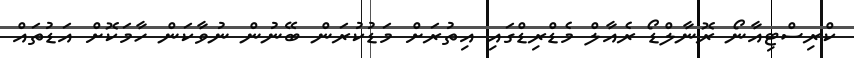
ކްރިސްޓިއާނޯ ރޮނާލްޑޯ ރެއާލް މެޑްރިޑްގައި އިތުރަށް މަޑުކުރަން ބޭނުން ނުވާކަން ހާމަކޮށް އަޑުތައް